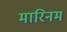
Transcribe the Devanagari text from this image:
मारिनम